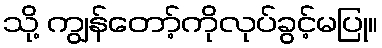
သို့ ကျွန်တော့်ကိုလုပ်ခွင့်မပြု။